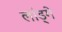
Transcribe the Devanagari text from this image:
लांड्गे